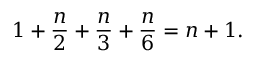
1 + { \frac { n } { 2 } } + { \frac { n } { 3 } } + { \frac { n } { 6 } } = n + 1 .